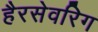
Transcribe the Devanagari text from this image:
हैरसेवरिग